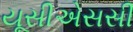
યૂસીએસસી